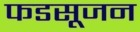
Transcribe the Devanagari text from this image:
फडसूजन